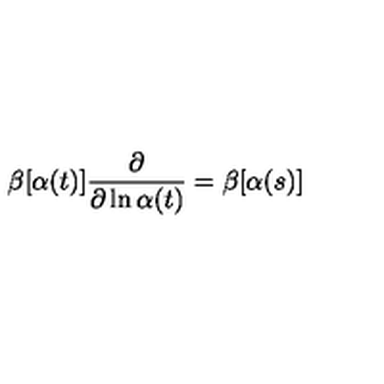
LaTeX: \beta [ \alpha ( t ) ] \frac { \partial } { \partial \ln \alpha ( t ) } = \beta [ \alpha ( s ) ]